Document type: Grant
Year: 1403
Scribe: Berenguer Pedrosell
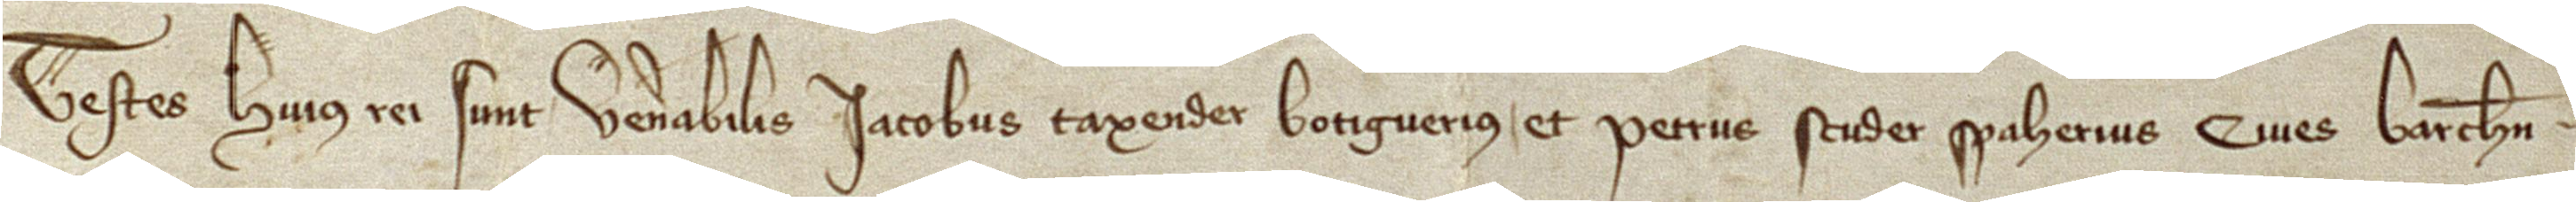
Testes huius rei sunt: Venerabilis Iacobus Taxender, botiguerius, et Petrus Scuder, spaherius, cives Barchinone.